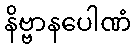
နိဗ္ဗာနပေါဏံ